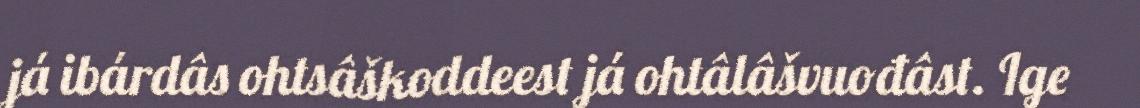
já ibárdâs ohtsâškoddeest já ohtâlâšvuođâst. Ige